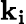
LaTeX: \mathbf{k_{i}}